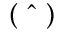
\left( \ \hat { \ } \ \right)